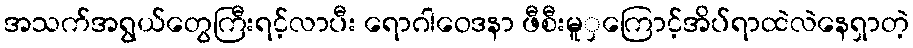
အသက်အရွယ်တွေကြီးရင့်လာပီး ရောဂါဝေဒနာ ဖီစီးမူှကြောင့်အိပ်ရာထဲလဲနေရှာတဲ့